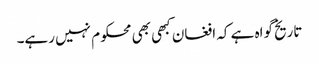
تاریخ گواہ ہے کہ افغان کبھی بھی محکوم نہیں رہے۔